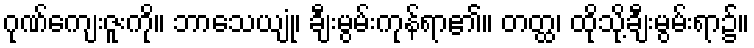
ဂုဏ်ကျေးဇူးကို။ ဘာသေယျုံ၊ ချီးမွမ်းကုန်ရာ၏။ တတ္ထ၊ ထိုသို့ချီးမွမ်းရာ၌။